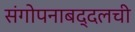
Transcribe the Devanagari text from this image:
संगोपनाबद्दलची